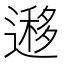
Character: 𨖨